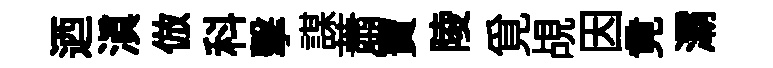
迺滇倣科擊謀蕭寶陵覓覘因竟灞